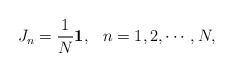
\begin{align*}J_n=\frac{1}{N}\mbox{\boldmath$1$},\hspace{3mm}n=1,2,\cdots,N,\end{align*}